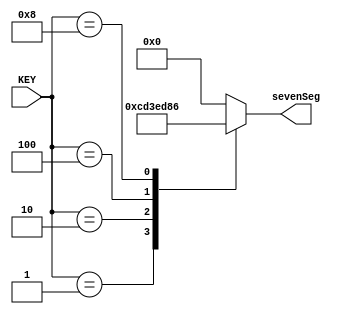
//Hex to 7 segnment display conversion

module KeyTo7Segment (

	input [3:0] KEY,
	output reg [6:0] sevenSeg
	
);


	always @ * begin 

		case (KEY)
			
			//modified hexTo7Segment module to fit the spec; when key1000(d8) is input display 1, key0100(d4) display 2, key0010(d2) display 3, key 0001(d1) display 4
			4'h1: sevenSeg = 7'b1100110;
			4'h2: sevenSeg = 7'b1001111;
			4'h4: sevenSeg = 7'b1011011;
			4'h8: sevenSeg = 7'b0000110;
			
			default sevenSeg = 7'b0000000; //default value
			
		endcase 
		
	end
	
endmodule